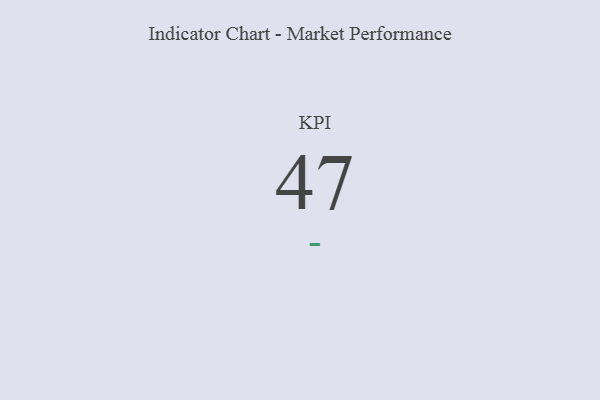
{"axis": {"x": "KPI", "y": "Value"}, "legend": [""], "data": [{"x": "KPI", "y": 47, "type": ""}]}